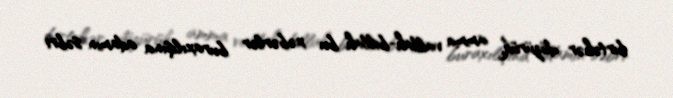
birtəhər dözürük, amma vallah-billah bu xəbərlər buraxılışına adamın səbri